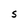
Character: S